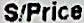
S/PRICE